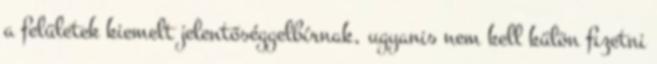
a felületek kiemelt jelentőséggelbírnak, ugyanis nem kell külön ﬁzetni